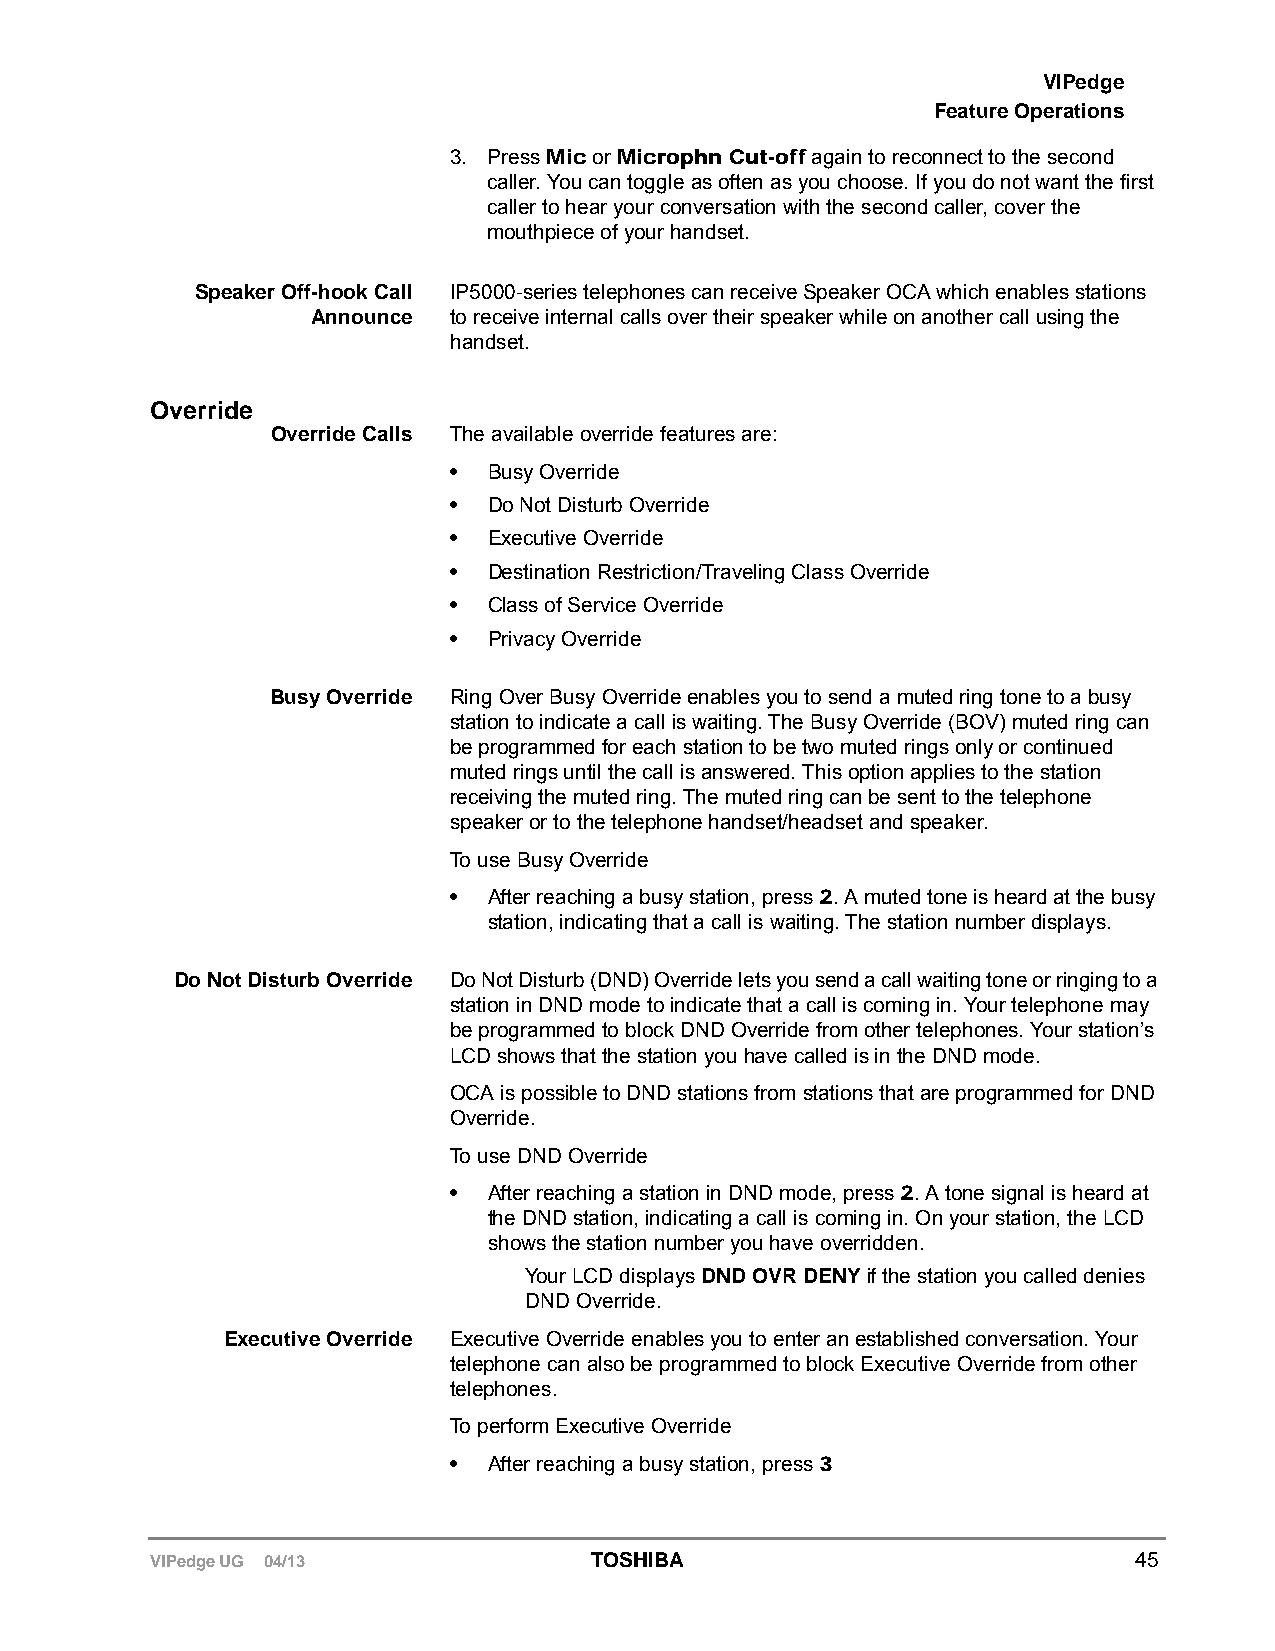
VIPedge
 Feature Operations
 3. Press Mic or Microphn Cut-off again to reconnect to the second
 caller. You can toggle as often as you choose. If you do not want the first
 caller to hear your conversation with the second caller, cover the
 mouthpiece of your handset.
 Speaker Off-hook Call IP5000-series telephones can receive Speaker OCA which enables stations
 Announce to receive internal calls over their speaker while on another call using the
 handset.
 Override
 Override Calls The available override features are:
 • Busy Override
 • Do Not Disturb Override
 • Executive Override
 • Destination Restriction/Traveling Class Override
 • Class of Service Override
 • Privacy Override
 Busy Override Ring Over Busy Override enables you to send a muted ring tone to a busy
 station to indicate a call is waiting. The Busy Override (BOV) muted ring can
 be programmed for each station to be two muted rings only or continued
 muted rings until the call is answered. This option applies to the station
 receiving the muted ring. The muted ring can be sent to the telephone
 speaker or to the telephone handset/headset and speaker.
 To use Busy Override
 • After reaching a busy station, press 2. A muted tone is heard at the busy
 station, indicating that a call is waiting. The station number displays.
 Do Not Disturb Override Do Not Disturb (DND) Override lets you send a call waiting tone or ringing to a
 station in DND mode to indicate that a call is coming in. Your telephone may
 be programmed to block DND Override from other telephones. Your station’s
 LCD shows that the station you have called is in the DND mode.
 OCA is possible to DND stations from stations that are programmed for DND
 Override.
 To use DND Override
 • After reaching a station in DND mode, press 2. A tone signal is heard at
 the DND station, indicating a call is coming in. On your station, the LCD
 shows the station number you have overridden.
 Your LCD displays DND OVR DENY if the station you called denies
 DND Override.
 Executive Override Executive Override enables you to enter an established conversation. Your
 telephone can also be programmed to block Executive Override from other
 telephones.
 To perform Executive Override
 • After reaching a busy station, press 3
 VIPedge UG 04/13             TOSHIBA                             45